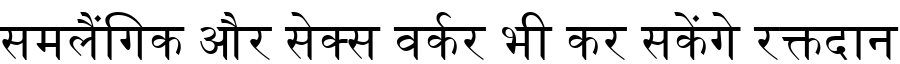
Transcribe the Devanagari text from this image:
समलैंगिक और सेक्स वर्कर भी कर सकेंगे रक्तदान